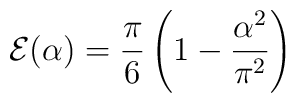
{\cal E}(\alpha)= {\pi\over 6}\left(1-{\alpha^2\over\pi^2}\right)